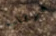
مرتاب